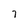
Character: 7